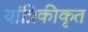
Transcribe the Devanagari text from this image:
यांत्रिकीकृत